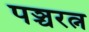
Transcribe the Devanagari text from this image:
पञ्चरत्न